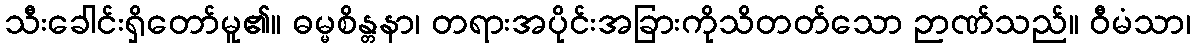
သီးခေါင်းရှိတော်မူ၏။ ဓမ္မစိန္တနာ၊ တရားအပိုင်းအခြားကိုသိတတ်သော ဉာဏ်သည်။ ဝီမံသာ၊